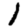
Digit: 1